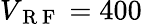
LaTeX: V_{\mathrm{~R~F~}}=400